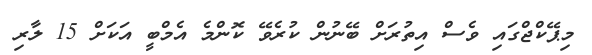
މިޕޭކްޖްގައި ވެސް އިތުރަށް ބޭނުން ކުރެވޭ ކޮންމެ އެމްބީ އަކަށް 15 ލާރި